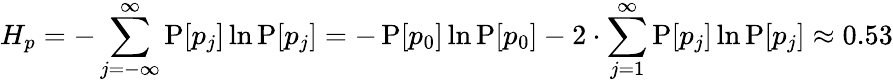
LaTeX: H_{p}=-\sum_{j=-\infty}^{\infty}\operatorname{P}[p_{j}]\ln\operatorname{P}[p_{j}]=-\operatorname{P}[p_{0}]\ln\operatorname{P}[p_{0}]-2\cdot\sum_{j=1}^{\infty}\operatorname{P}[p_{j}]\ln\operatorname{P}[p_{j}]\approx 0.53